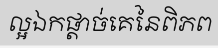
ល្អឯកផ្តាច់គេនៃពិភព